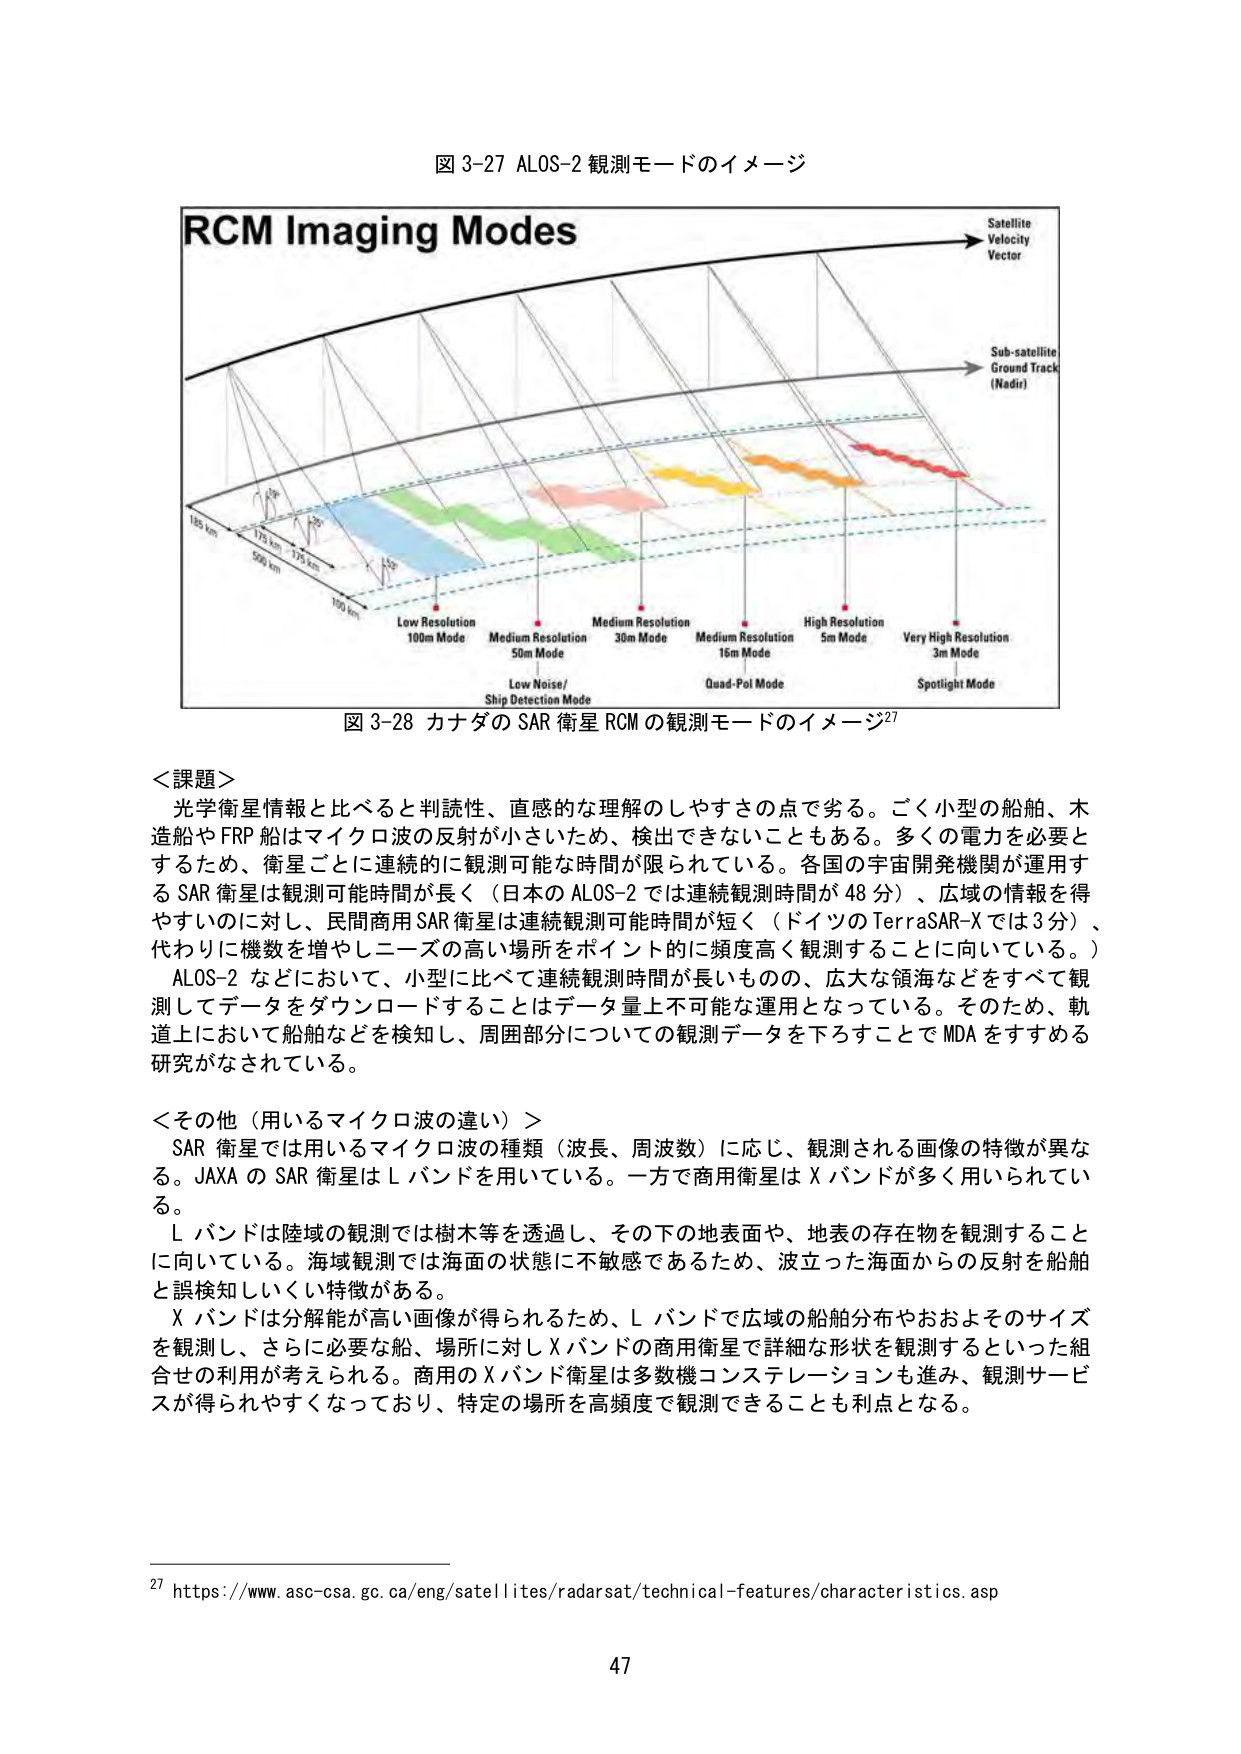
図 3-27 ALOS-2 観測モードのイメージ

RCM Imaging Modes

Satellite
Velocity
Vector

Sub-satellite
Ground Track
(Nadir)

185 km
175 km
500 km
175 km
160 km

Low Resolution
100m Mode

Medium Resolution
50m Mode
Low Noise/
Ship Detection Mode

Medium Resolution
30m Mode

Medium Resolution
16m Mode
Quad-Pol Mode

High Resolution
5m Mode

Very High Resolution
3m Mode
Spotlight Mode

図 3-28 カナダの SAR 衛星 RCM の観測モードのイメージ²⁷

＜課題＞
光学衛星情報と比べると判読性、直感的な理解のしやすさの点で劣る。ごく小型の船舶、木
造船やFRP船はマイクロ波の反射が小さいため、検出できないこともある。多くの電力を必要と
するため、衛星ごとに連続的に観測可能な時間が限られている。各国の宇宙開発機関が運用す
るSAR衛星は観測可能時間が長く（日本のALOS-2では連続観測時間が48分）、広域の情報を得
やすいのに対し、民間商用SAR衛星は連続観測可能時間が短く（ドイツのTerraSAR-Xでは3分）、
代わりに機数を増やしニーズの高い場所をポイント的に頻度高く観測することに向いている。）
ALOS-2などにおいて、小型に比べて連続観測時間が長いものの、広大な領海などをすべて観
測してデータをダウンロードすることはデータ量上不可能な運用となっている。そのため、軌
道上において船舶などを検知し、周囲部分についての観測データを下ろすことでMDAをすすめる
研究がなされている。

＜その他（用いるマイクロ波の違い）＞
SAR衛星では用いるマイクロ波の種類（波長、周波数）に応じ、観測される画像の特徴が異な
る。JAXAのSAR衛星はLバンドを用いている。一方で商用衛星はXバンドが多く用いられてい
る。
Lバンドは陸域の観測では樹木等を透過し、その下の地表面や、地表の存在物を観測すること
に向いている。海域観測では海面の状態に不敏感であるため、波立った海面からの反射を船舶
と誤検知しにくい特徴がある。
Xバンドは分解能が高い画像が得られるため、Lバンドで広域の船舶分布やおおよそのサイズ
を観測し、さらに必要な船、場所に対しXバンドの商用衛星で詳細な形状を観測するといった組
合せの利用が考えられる。商用のXバンド衛星は多数機コンステレーションも進み、観測サービ
スが得られやすくなっており、特定の場所を高頻度で観測できることも利点となる。

²⁷ https://www.asc-csa.gc.ca/eng/satellites/radarsat/technical-features/characteristics.asp

47